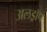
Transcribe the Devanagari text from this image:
अलड्रॉप